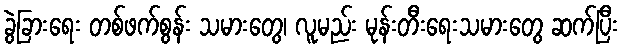
ခွဲခြားရေး တစ်ဖက်စွန်း သမားတွေ၊ လူမည်း မုန်းတီးရေးသမားတွေ ဆက်ပြီး